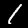
Label: 1